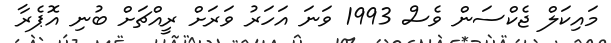
މައިކަލް ޖެކްސަން ވެސް 1993 ވަނަ އަހަރު ވަރަށް ރީއްޗަށް ބުނި އޮޕެރާ